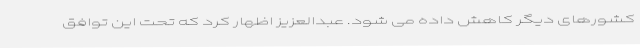
کشورهای دیگر کاهش داده می شود. عبدالعزیز اظهار کرد که تحت این توافق